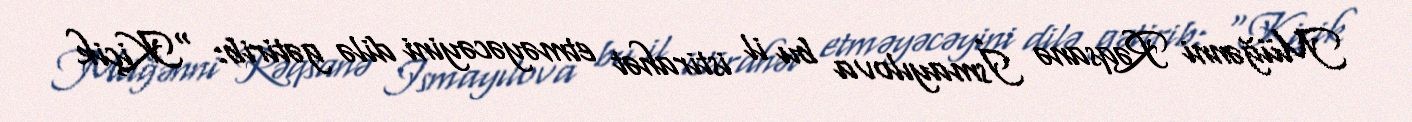
Müğənni Rəqsanə İsmayılova bu il istirahət etməyəcəyini dilə gətirib: “Kiçik